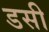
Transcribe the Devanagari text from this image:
डसी